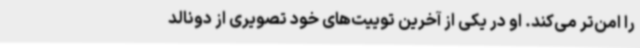
را امن‌تر می‌کند. او در یکی از آخرین توییت‌های خود تصویری از دونالد